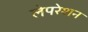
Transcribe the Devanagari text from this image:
लेपरेशन